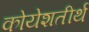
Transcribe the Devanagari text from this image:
कोयेशतीर्थ